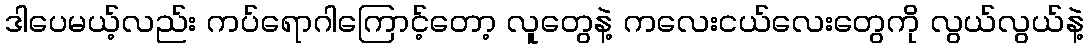
ဒါပေမယ့်လည်း ကပ်ရောဂါကြောင့်တော့ လူတွေနဲ့ ကလေးငယ်လေးတွေကို လွယ်လွယ်နဲ့